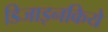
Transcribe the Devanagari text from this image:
डिजाइनकिये